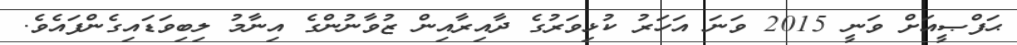
ޙަފްޞީއަށް ވަނީ 2015 ވަނަ އަހަރު ކުޅިވަރުގެ ދާއިރާއިން ޒުވާނުންގެ އިނާމު ލިބިވަޑައިގެންފައެވެ.